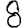
Digit: 8